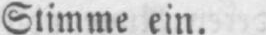
Stimme ein.